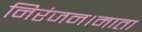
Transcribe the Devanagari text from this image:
निरंजन।माता